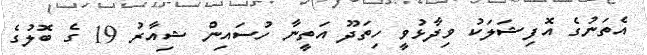
އެތަނުގެ އޮފިޝަލަކު ވިދާޅުވީ ހިތަދޫ އަތީނާ ހުސައިން ޝިއާރު 19 ގެ ބޮލުގެ